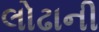
લોઢાની